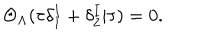
\Theta _ { \Lambda } ( \tau \delta _ { 1 } ^ { I } + \delta _ { 2 } ^ { I } | \tau ) = 0 .